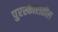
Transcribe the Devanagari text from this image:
पुरस्कारातील